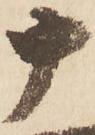
十